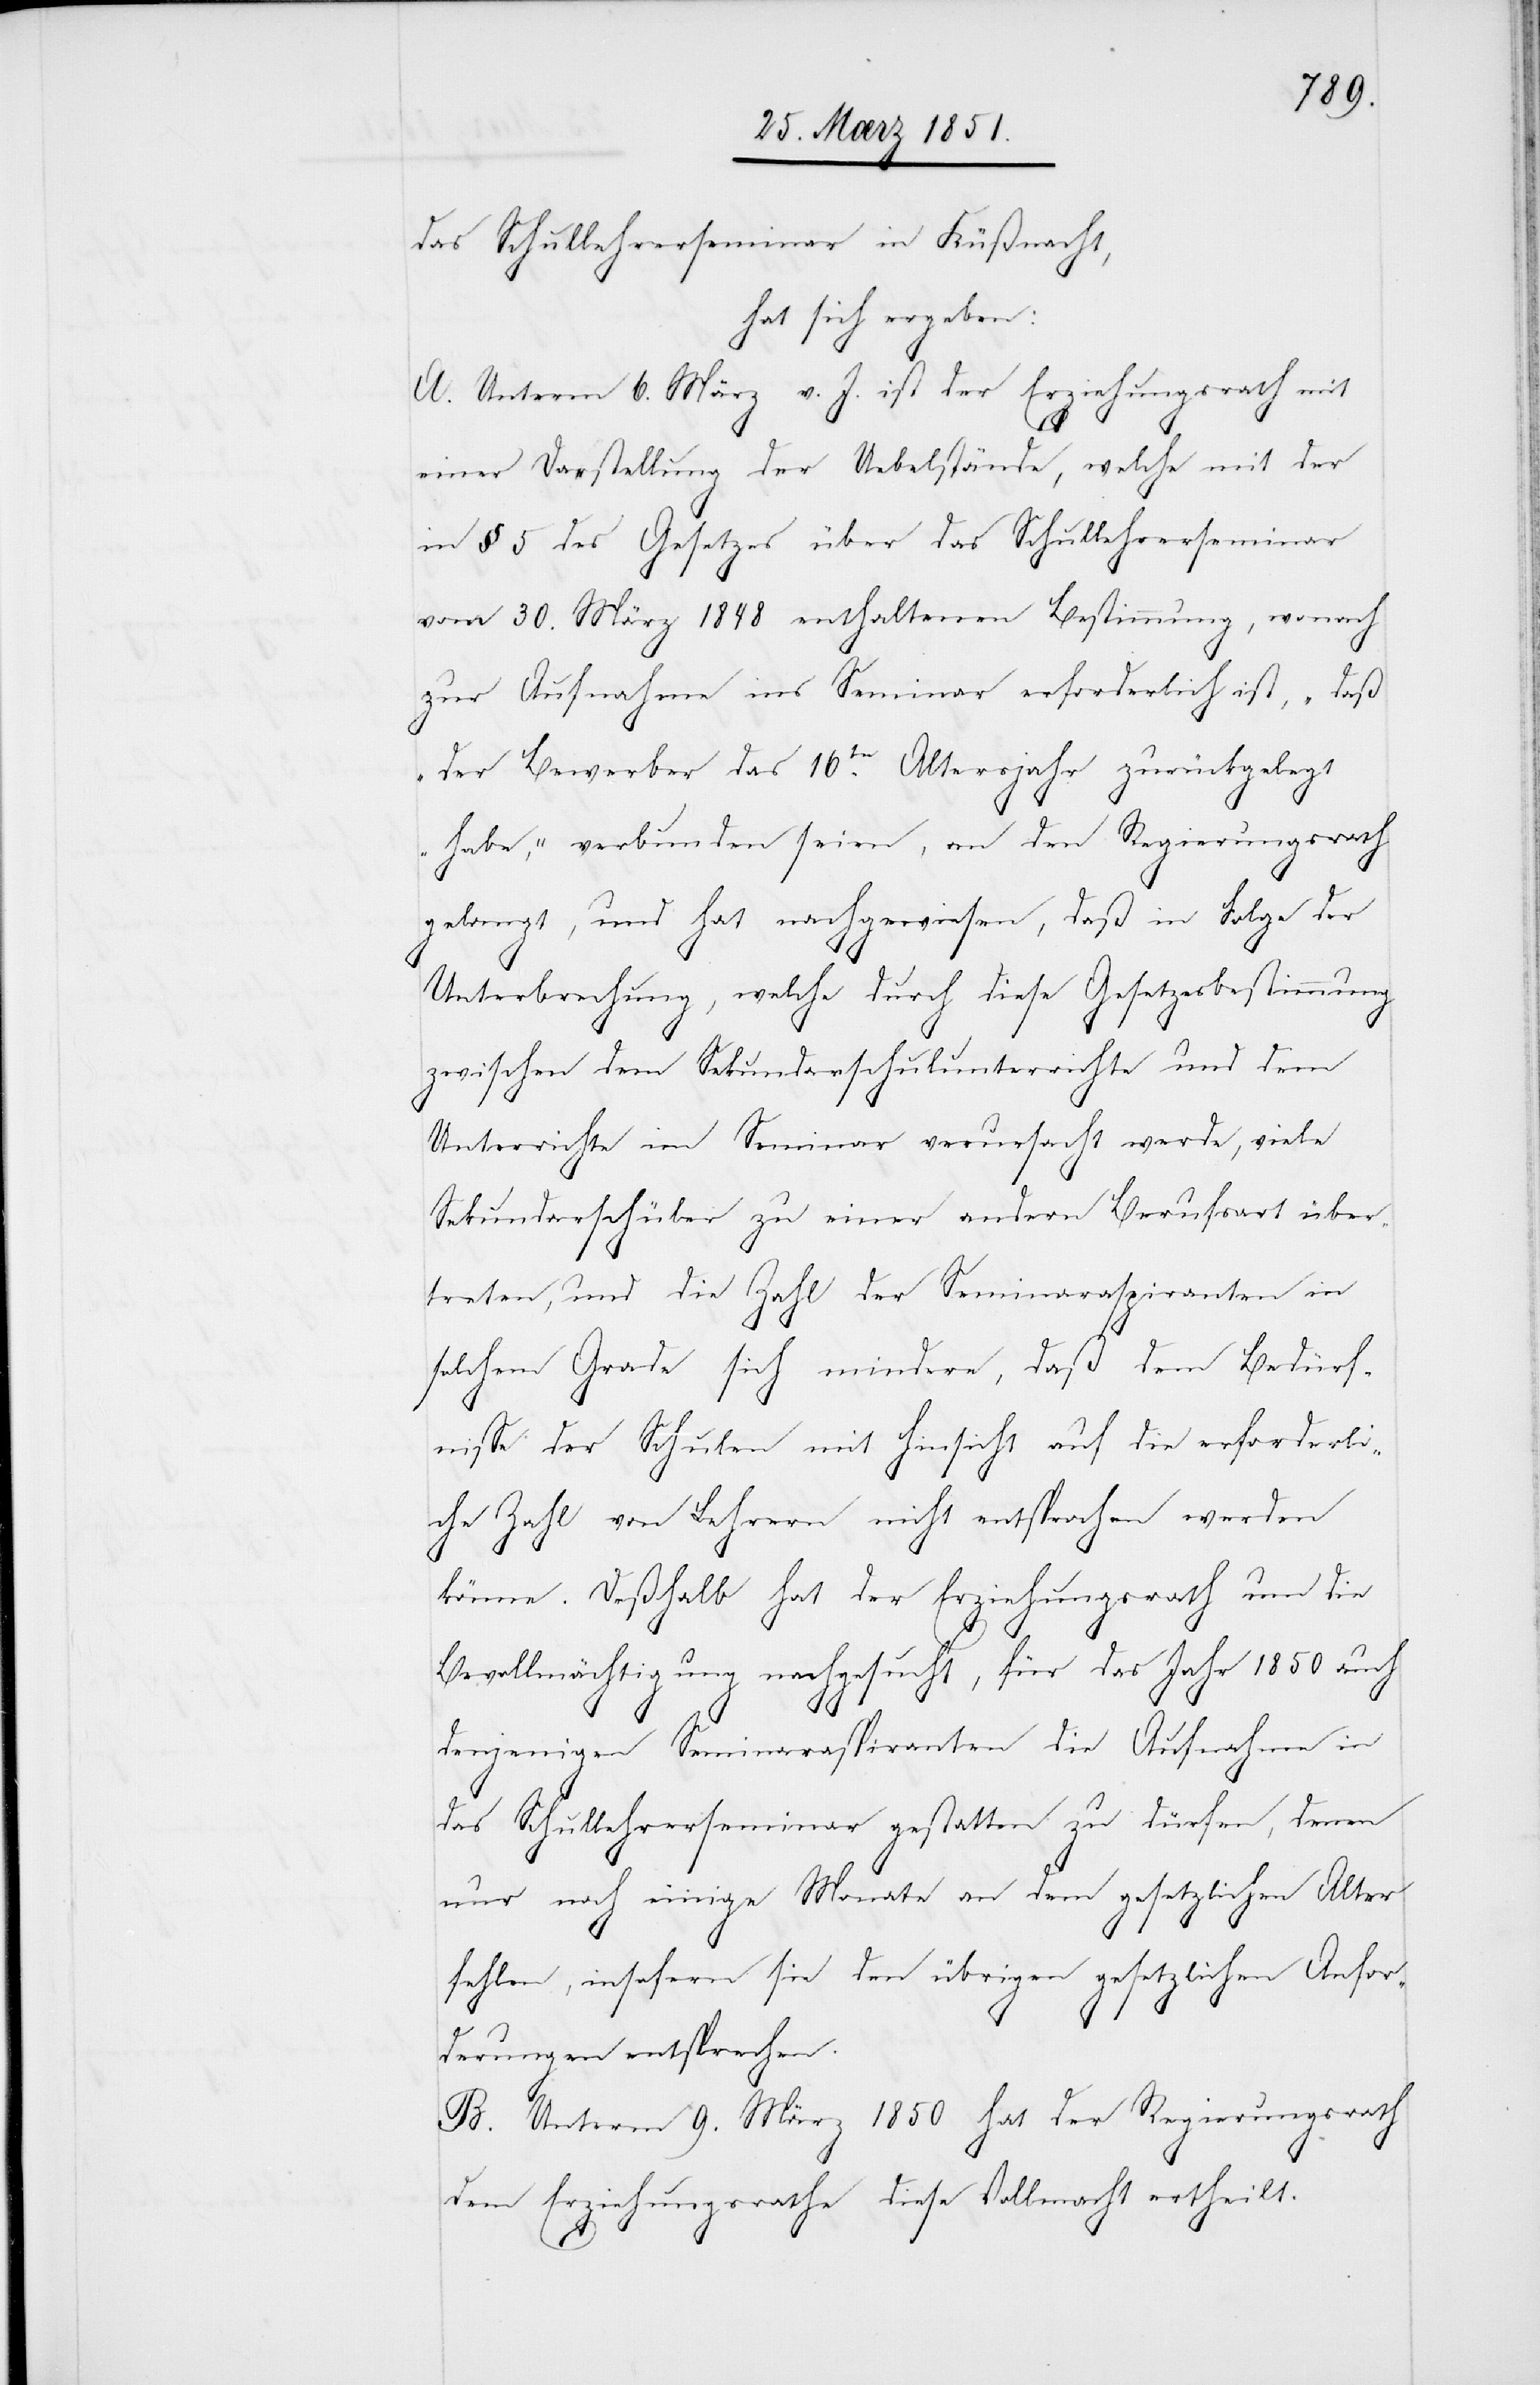
das Schullehrerseminar in Küßnacht,
hat sich ergeben:
A. Unterm 6. März v. J. ist der Erziehungsrath mit
einer Darstellung der Uebelstände, welche mit der
in § 5 des Gesetzes über das Schullehrerseminar
vom 30. März 1848 enthaltenen Bestimmung, wonach
zur Aufnahme ins Seminar erforderlich ist, „daß
der Bewerber das 16te. Altersjahr zurückgelegt
habe,“ verbunden seien, an den Regierungsrath
gelangt, und hat nachgewiesen, daß in Folge der
Unterbrechung, welche durch diese Gesetzesbestimmung
zwischen dem Sekundarschulunterrichte und dem
Unterrichte im Seminar verursacht werde, viele
Sekundarschüler zu einer andern Berufsart über¬
treten, und die Zahl der Seminaraspiranten in
solchem Grade sich mindere, daß dem Bedürf¬
nisse der Schulen mit Hinsicht auf die erforderli¬
che Zahl von Lehrern nicht entsprochen werden
könne. Deßhalb hat der Erziehungsrath um die
Bevollmächtigung nachgesucht, für das Jahr 1850 auch
denjenigen Seminaraspiranten die Aufnahme in
das Schullehrerseminar gestatten zu dürfen, denen
nur noch einige Monate an dem gesetzlichen Alter
fehlen, insofern sie den übrigen gesetzlichen Anfor¬
derungen entsprechen.
B. Unterm 9. März 1850 hat der Regierungsrath
dem Erziehungsrathe diese Vollmacht ertheilt.